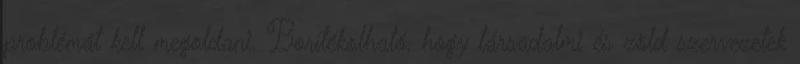
problémát kell megoldani. Borítékolható, hogy társadalmi és zöld szervezetek